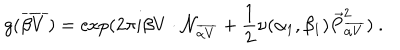
LaTeX: g ( { \overline { { { \beta V } } } } ) = \exp ( 2 \pi i \beta V \cdot { \cal N } _ { \overline { { { \alpha V } } } } + { \frac { 1 } { 2 } } \nu ( \alpha _ { 1 } , \beta _ { 1 } ) { \vec { P } } _ { \overline { { { \alpha V } } } } ^ { 2 } ) ~ .